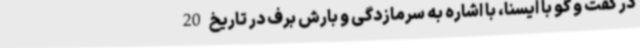
در گفت و گو با ایسنا، با اشاره به سرمازدگی و بارش برف در تاریخ 20